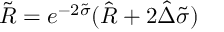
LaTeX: \tilde { R } = e ^ { - 2 \tilde { \sigma } } ( \hat { R } + 2 \hat { \Delta } \tilde { \sigma } )